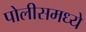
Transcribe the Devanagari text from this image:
पोलीसमध्ये